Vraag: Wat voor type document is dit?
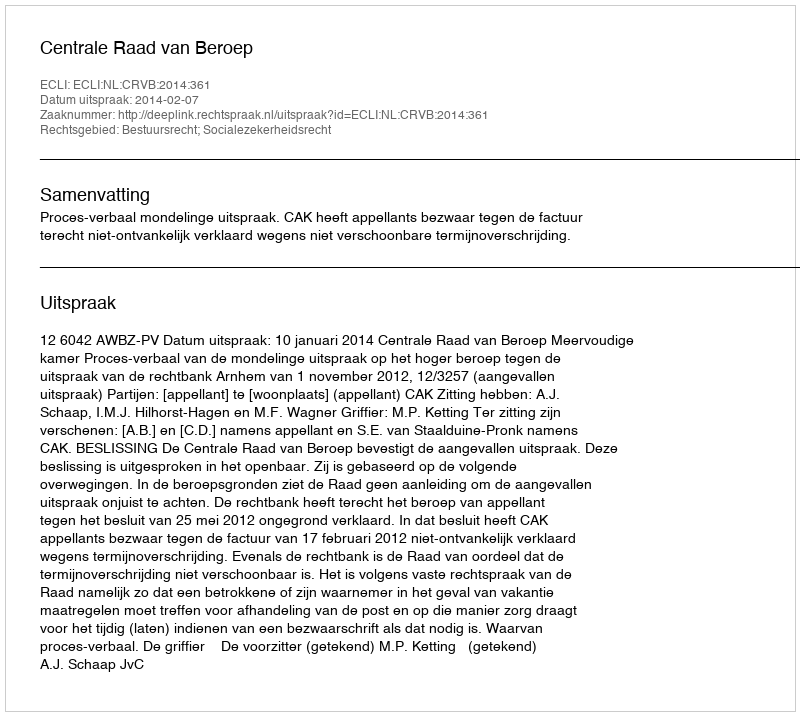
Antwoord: Uitspraak